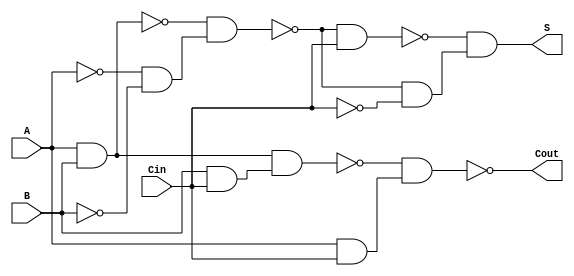
module NegativeCircuitFullAdder (
    input A,      // First input bit
    input B,      // Second input bit
    input Cin,    // Carry-in bit
    output S,     // Sum output
    output Cout   // Carry-out output
);

    // Intermediate signals for the XOR operation
    wire AB_nand, A_nand, B_nand, Cin_nand;
    wire AB_xor, AB_xor_Cin_xor;

    // Implementing XOR for A  B using NAND gates
    assign AB_nand = ~(A & B);
    assign A_nand = ~A;
    assign B_nand = ~B;

    // A  B = (A NAND B) NAND (A' NAND B')
    assign AB_xor = ~(AB_nand & (A_nand & B_nand));

    // Implementing the final sum S = (A  B)  Cin
    assign Cin_nand = ~Cin;
    assign AB_xor_Cin_xor = ~(AB_xor & Cin_nand);
    assign S = ~(AB_xor & Cin) & ~(AB_xor_Cin_xor);

    // Implementing Cout = (A & B) | (B & Cin) | (A & Cin)
    wire AB_and, BC_and, AC_and;
    
    // A & B using NAND gates
    assign AB_and = ~(~(A & B));
    assign BC_and = ~(~(B & Cin));
    assign AC_and = ~(~(A & Cin));

    // Cout = (A & B) | (B & Cin) | (A & Cin)
    wire temp1, temp2;

    assign temp1 = ~(AB_and & BC_and);
    assign Cout = ~(temp1 & AC_and);

endmodule